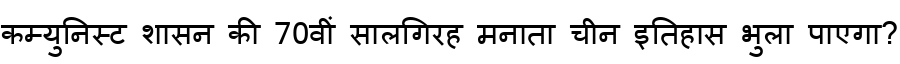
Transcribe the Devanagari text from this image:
कम्युनिस्ट शासन की 70वीं सालगिरह मनाता चीन इतिहास भुला पाएगा?